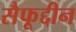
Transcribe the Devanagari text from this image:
सैफूद्दीन